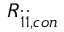
R _ { \dot { 1 } \dot { 1 } , c o n }